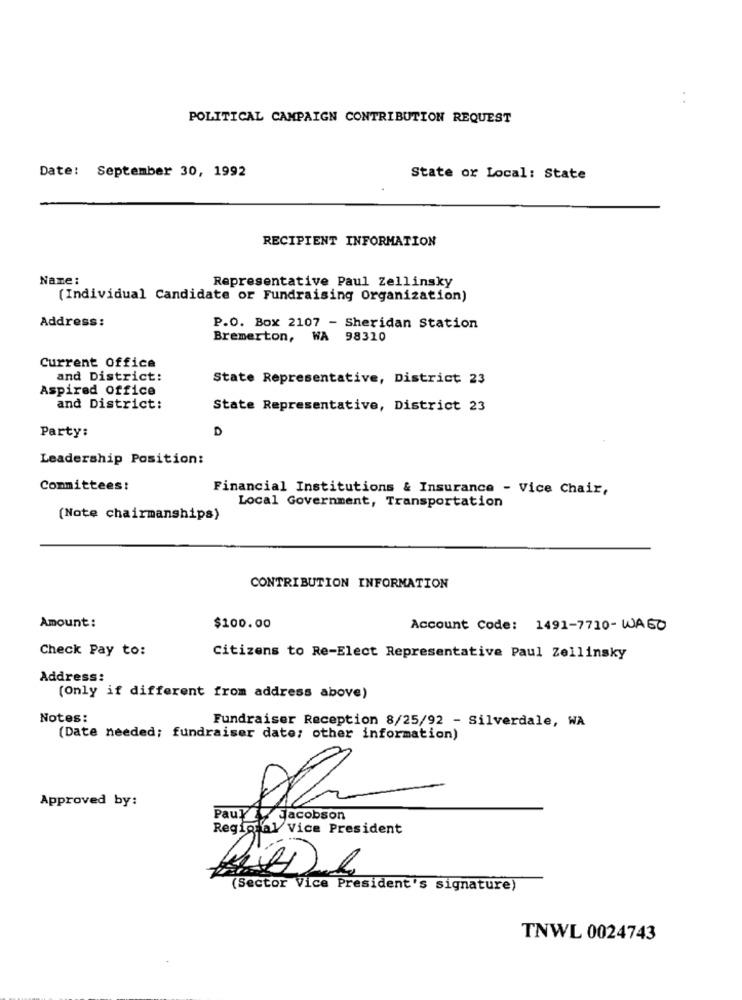
:
POLITICAL CAMPAIGN CONTRIBUTION REQUEST
Date: September 30, 1992
State or Local: State
RECIPIENT INFORMATION
Name:
Representative Paul Zellinsky
(Individual Candidate or Fundraising Organization)
Address:
P.O. Box 2107 - Sheridan Station
Bremerton, WA 98310
Current Office
and District:
State Representative, District 23
Aspired office
and District:
State Representative, District 23
D
Party:
Leadership Position:
Committees:
Financial Institutions & Insurance - Vice Chair,
Local Government, Transportation
(Note chairmanships)
CONTRIBUTION INFORMATION
Amount:
$100.00
Account Code: 1491-7710 -WAGO
Check Pay to:
Citizens to Re-Elect Representative Paul Zellinsky
Address:
(Only if different from address above)
Notes:
Fundraiser Reception 8/25/92 - Silverdale, WA
(Date needed; fundraiser date; other information)
Approved by:
Paul & Jacobson
Regional v
al Vice President
(Sector Vice President's signature)
TNWL 0024743